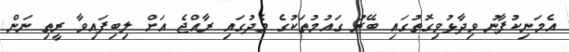
އެމަނިކުފާނު ވިދާޅުވިގޮތުގައި ބޭރު ގައުމުތަކުގެ މެދުގައި ރާއްޖެ އަށް ލިބިފައިވާ ރީތި ނަން